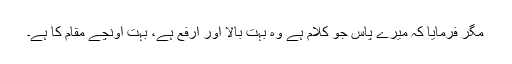
مگر فرمایا کہ میرے پاس جو کلام ہے وہ بہت بالا اور ارفع ہے، بہت اونچے مقام کا ہے۔